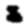
Digit: 8